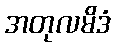
အတုလမိဒံ